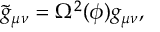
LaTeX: \tilde { g } _ { \mu \nu } = \Omega ^ { 2 } ( \phi ) g _ { \mu \nu } ,